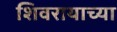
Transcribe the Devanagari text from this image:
शिवरायाच्या